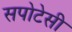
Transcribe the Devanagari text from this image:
सपोटेसी